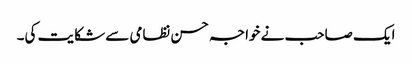
ایک صاحب نے خواجہ حسن نظامی سے شکایت کی۔